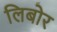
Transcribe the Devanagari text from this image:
लिबोर